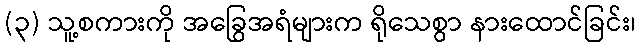
(၃) သူ့စကားကို အခြွေအရံများက ရိုသေစွာ နားထောင်ခြင်း၊